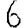
Digit: 6